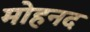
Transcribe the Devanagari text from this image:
मोहनद